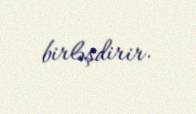
birləşdirir.